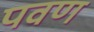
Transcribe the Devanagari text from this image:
पवण